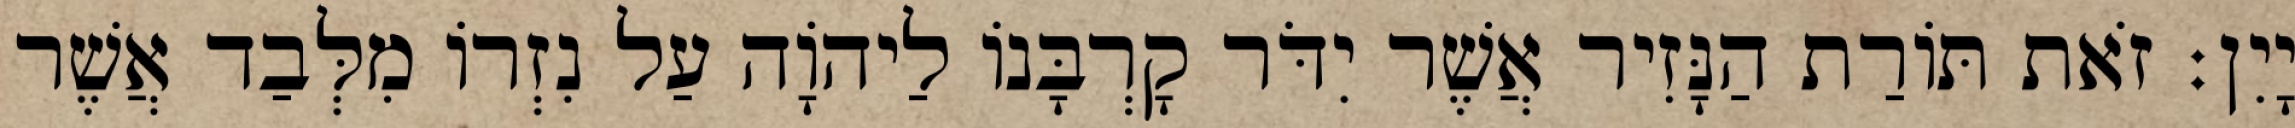
יָיִן׃ זֹאת תּוֹרַת הַנָּזִיר אֲשֶׁר יִדֹּר קָרְבָּנוֹ לַיהוָֹה עַל נִזְרוֹ מִלְּבַד אֲשֶׁר